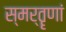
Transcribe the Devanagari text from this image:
स्मर्तॄणां